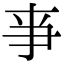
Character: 亊